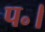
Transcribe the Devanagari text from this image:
प॰।